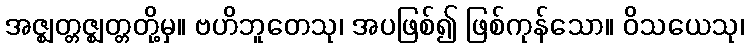
အဇ္ဈတ္တဇ္ဈတ္တတို့မှ။ ဗဟိဘူတေသု၊ အပဖြစ်၍ ဖြစ်ကုန်သော။ ဝိသယေသု၊